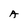
Character: A